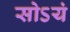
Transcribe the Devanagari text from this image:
सोऽयं